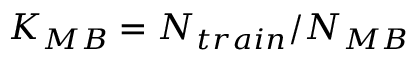
K _ { M B } = N _ { t r a i n } / N _ { M B }